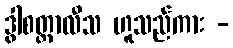
ဒွါစတ္တာလီသ ဟူသည်ကား -